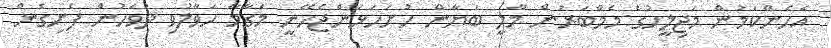
އެހެންކަމުން މަޖިލީހުގެ މެމްބަރުން މާލީ ބަޔާން ހުށަހަޅަންޖެހޭނީ މަގާމާ ހަވާލުވި ދުވަހުން ފެށިގެން